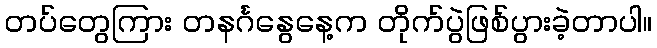
တပ်တွေကြား တနင်္ဂနွေနေ့က တိုက်ပွဲဖြစ်ပွားခဲ့တာပါ။